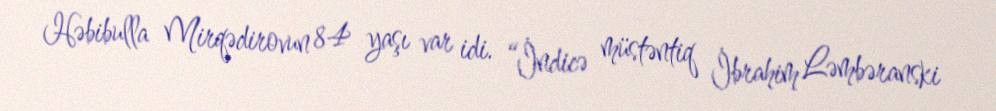
Həbibulla Mirqədirovun 84 yaşı var idi. “İndicə müstəntiq İbrahim Ləmbəranski